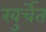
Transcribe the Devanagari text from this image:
खुर्चेत